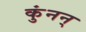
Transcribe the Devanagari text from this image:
कुंनन्